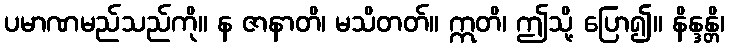
ပမာဏမည်သည်ကို။ န ဇာနာတိ၊ မသိတတ်။ ဣတိ၊ ဤသို့ ပြော၍။ နိန္ဒန္တိ၊